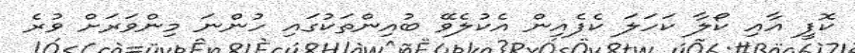
ކޮފީ އާއި ކޯލާ ކަހަލަ ކެފެއިން އެކުލެވޭ ބުއިންތަކުގައި ހުންނަ މިންވަރަށް ވުރެ